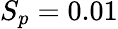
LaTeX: S_{p}=0.01